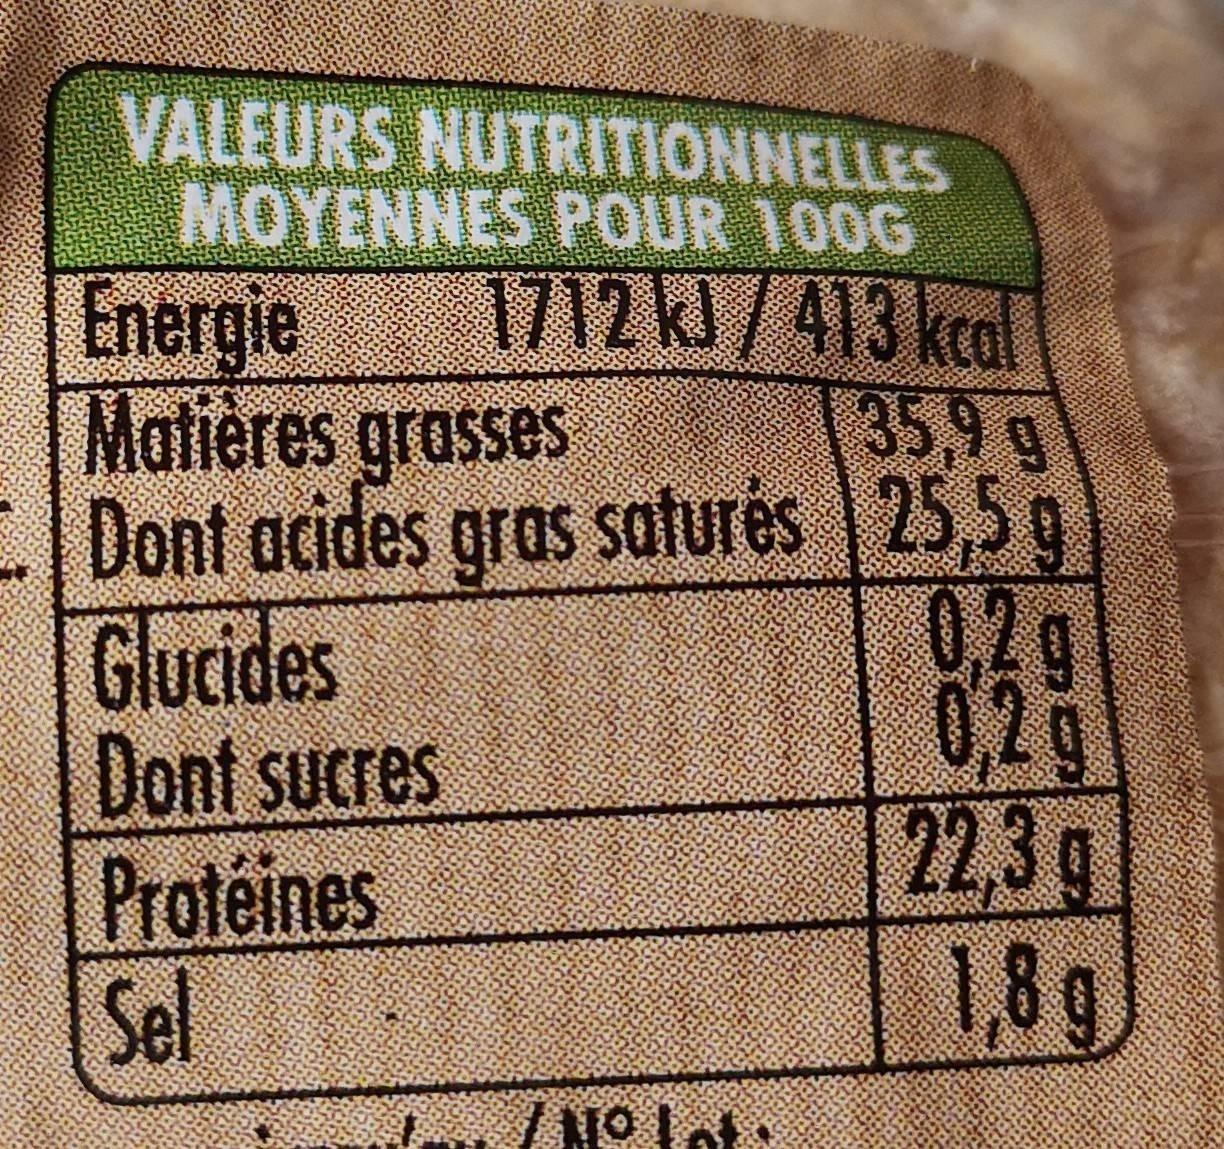
VALEURS NUTRITIONNELLES MOYENNES POUR 100G 1712 kl/413 kcal
Energie Matières grasses Dont acides gras satures Glucides Dont sucres Protéines Sel
35,9 g s | 25,5 g 0.2g 0,2g 22,3g 18g
/ 1O Lot